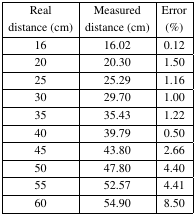
<table><thead><tr><td><b>Real distance (cm)</b></td><td><b>Measured distance (cm)</b></td><td><b>Error (%)</b></td></tr></thead><tbody><tr><td>16</td><td>16.02</td><td>0.12</td></tr><tr><td>20</td><td>20.30</td><td>1.50</td></tr><tr><td>25</td><td>25.29</td><td>1.16</td></tr><tr><td>30</td><td>29.70</td><td>1.00</td></tr><tr><td>35</td><td>35.43</td><td>1.22</td></tr><tr><td>40</td><td>39.79</td><td>0.50</td></tr><tr><td>45</td><td>43.80</td><td>2.66</td></tr><tr><td>50</td><td>47.80</td><td>4.40</td></tr><tr><td>55</td><td>52.57</td><td>4.41</td></tr><tr><td>60</td><td>54.90</td><td>8.50</td></tr></tbody></table>